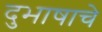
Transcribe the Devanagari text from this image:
दुभाषाचे